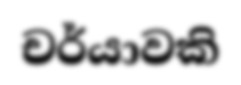
චර්යාවකි